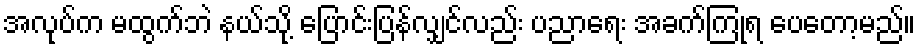
အလုပ်က မထွက်ဘဲ နယ်သို့ ပြောင်းပြန်လျှင်လည်း ပညာရေး အခက်ကြုံရ ပေတော့မည်။